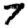
Digit: 7